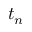
t _ { n }